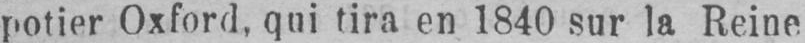
potier Oxford, qui tira en 1840 sur la Reine